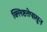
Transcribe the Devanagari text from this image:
क्लिष्टतेपासून